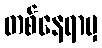
တစ်နေရာမှ